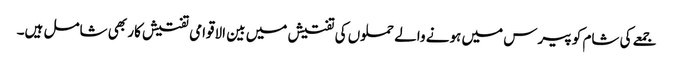
جمعے کی شام کو پیرس میں ہونے والے حملوں کی تفتیش میں بین الاقوامی تفتیش کار بھی شامل ہیں۔